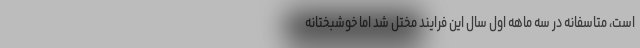
است، متاسفانه در سه ماهه اول سال این فرایند مختل شد اما خوشبختانه